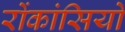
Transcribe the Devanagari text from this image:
रोंकांसियो